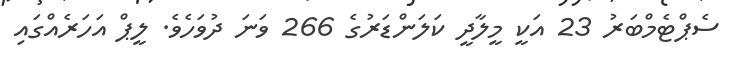
ސެޕްޓެމްބަރު 23 އަކީ މީލާދީ ކަލަންޑަރުގެ 266 ވަނަ ދުވަހެވެ. ލީޕް އަހަރެއްގައި